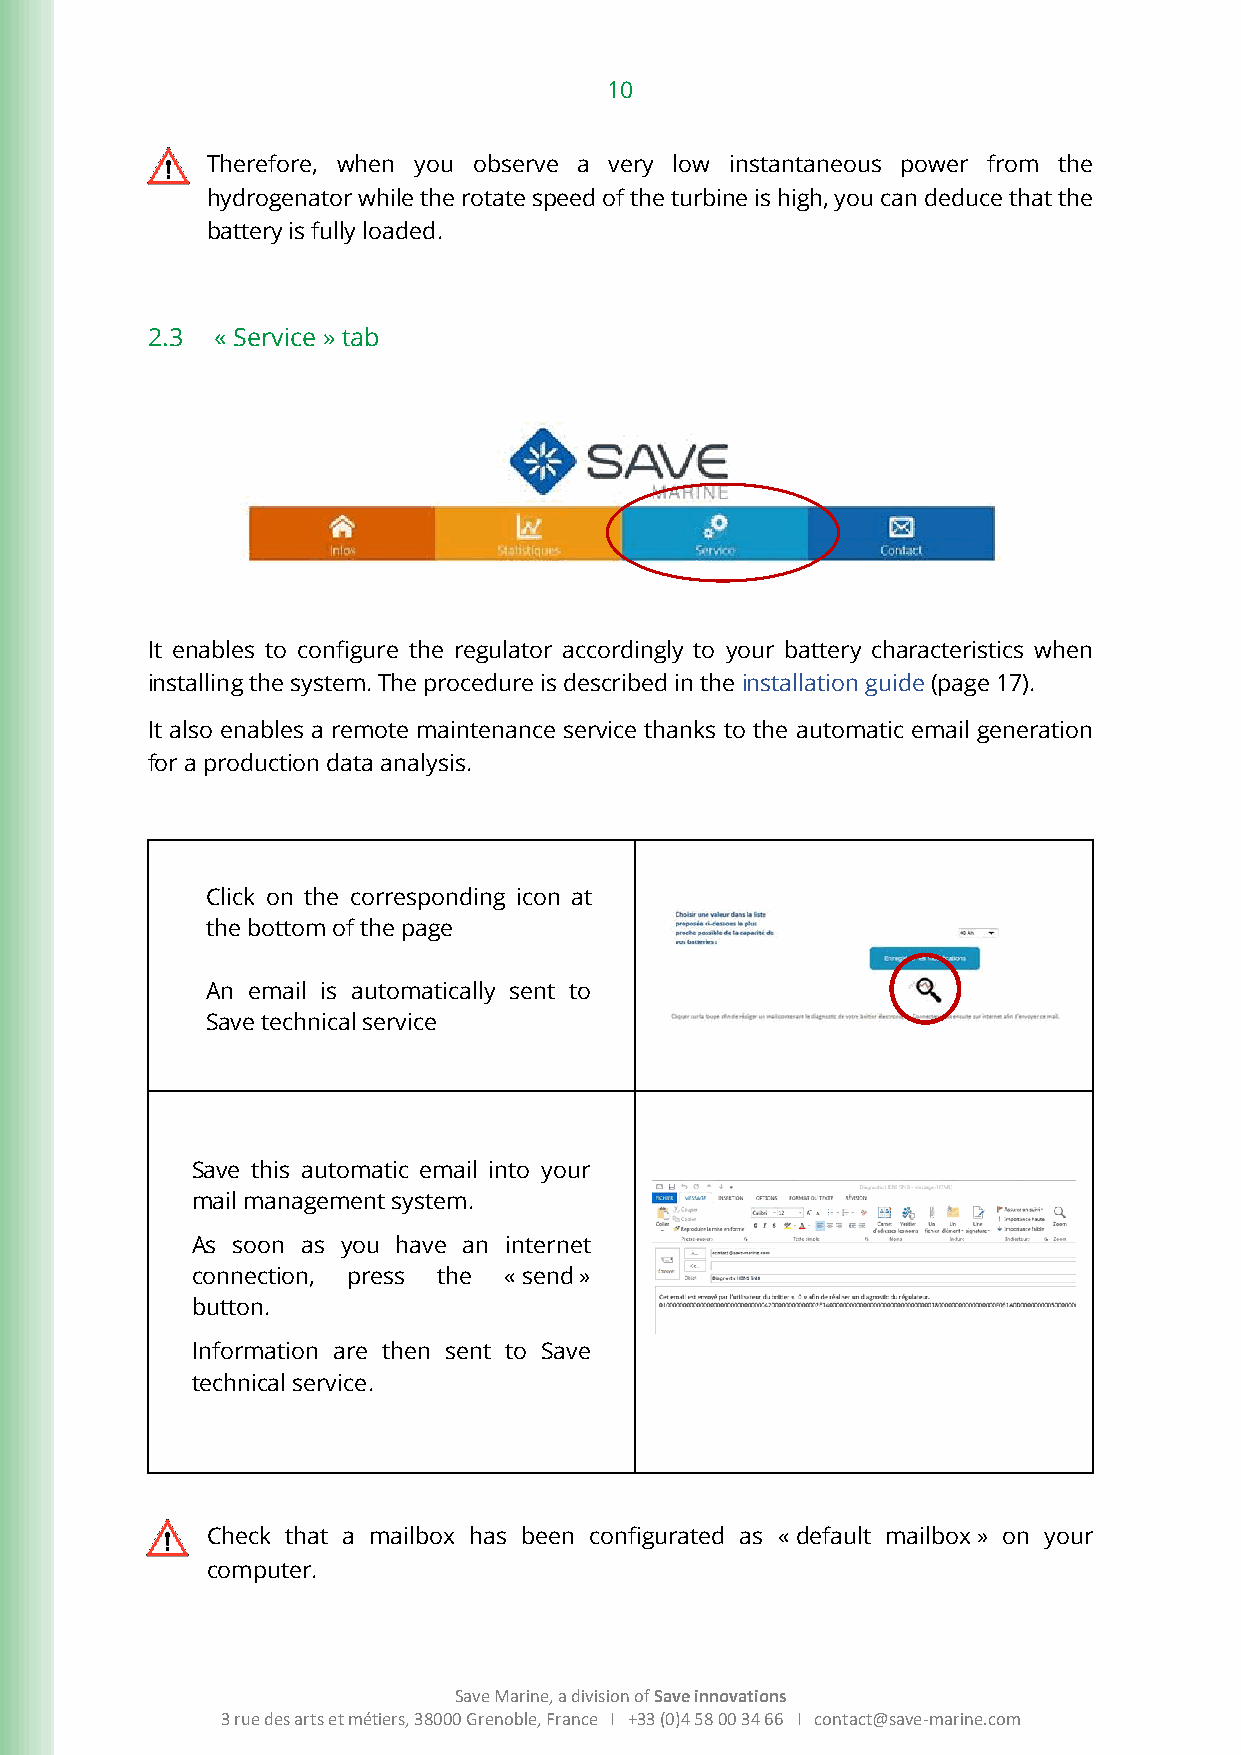
10
 Therefore, when you observe a very low instantaneous power from the
 hydrogenator while the rotate speed of the turbine is high, you can deduce that the
 battery is fully loaded.
 2.3 « Service » tab
 It enables to configure the regulator accordingly to your battery characteristics when
 installing the system. The procedure is described in the installation guide (page 17).
 It also enables a remote maintenance service thanks to the automatic email generation
 for a production data analysis.
 Click on the corresponding icon at
 the bottom of the page
 An email is automatically sent to
 Save technical service
 Save this automatic email into your
 mail management system.
 As soon as you have an internet
 connection, press the « send »
 button.
 Information are then sent to Save
 technical service.
 Check that a mailbox has been configurated as « default mailbox » on your
 computer.
 Save Marine, a division of Save innovations
 3 rue des arts et métiers, 38000 Grenoble, France I +33 (0)4 58 00 34 66 I contact@save-marine.com